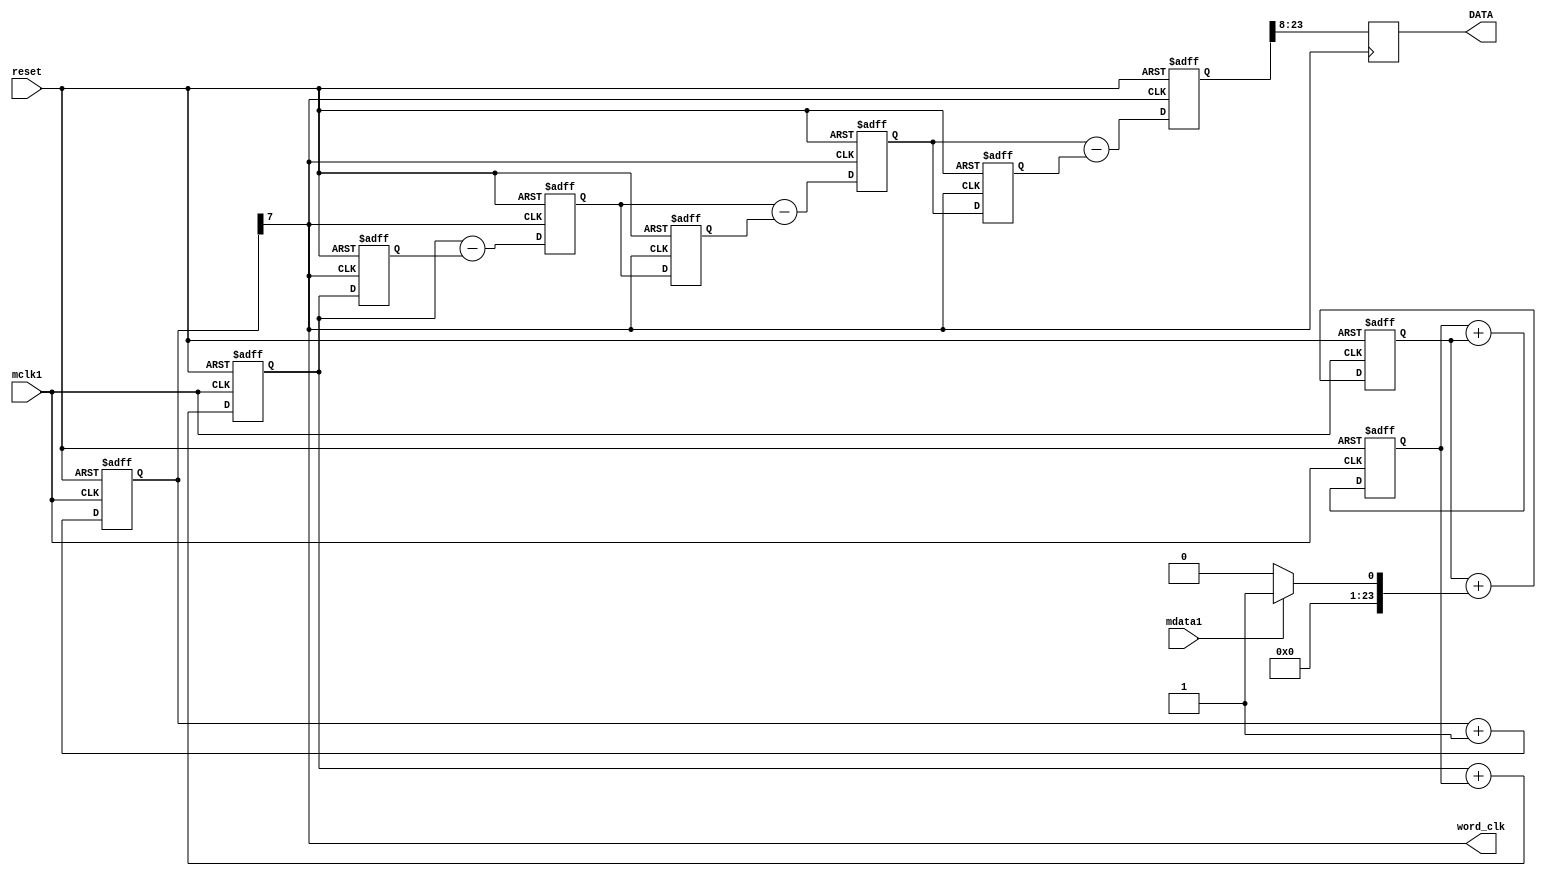
module sinc3(mdata1, mclk1, reset,DATA,word_clk);
//DEC256SINC24B

input mclk1; /*used to clk filter*/
input reset; /*used to reset filter*/
input mdata1; /*ip data to be filtered*/

output [15:0] DATA; 
output word_clk;

integer location;
integer info_file;

reg [23:0] ip_data1;
reg [23:0] acc1;
reg [23:0] acc2;
reg [23:0] acc3;
reg [23:0] acc3_d1;
reg [23:0] acc3_d2;
reg [23:0] diff1;
reg [23:0] diff2;
reg [23:0] diff3;
reg [23:0] diff1_d;
reg [23:0] diff2_d;
reg [15:0] DATA;
reg [7:0] word_count;


reg word_clk;
reg init;

/*Perform the Sinc ACTION*/
always @ (mdata1)
	if(mdata1==0)
		ip_data1 <= 0; /* change from a 0 to a -1 for 2's comp */
	else
ip_data1 <= 1;

/*ACCUMULATOR (INTEGRATOR)
Perform the accumulation (IIR) at the speed
of the modulator.
Z = one sample delay
MCLKOUT = modulators conversion bit rate
*/

always @ (negedge mclk1 or posedge reset)
if (reset)
	begin
	/*initialize acc registers on reset*/
	acc1 <= 0;
	acc2 <= 0;
	acc3 <= 0;
	end
else
	begin
	/*perform accumulation process*/
	acc1 <= acc1 + ip_data1;
	acc2 <= acc2 + acc1;
	acc3 <= acc3 + acc2;
	end

/*DECIMATION STAGE (MCLKOUT/ WORD_CLK) */

always @ (posedge mclk1 or posedge reset)
if (reset)
	word_count <= 0;
else
	word_count <= word_count + 1;
always @ (word_count)
	word_clk <= word_count[7];

/*DIFFERENTIATOR (including decimation
stage)
Perform the differentiation stage (FIR) at a
lower speed.
Z = one sample delay
WORD_CLK = output word rate
*/

always @ (posedge word_clk or posedge reset)
if(reset)
begin
acc3_d2 <= 0;
diff1_d <= 0;
diff2_d <= 0;
diff1 <= 0;
diff2 <= 0;
diff3 <= 0;
end
else
begin
diff1 <= acc3 - acc3_d2;
diff2 <= diff1 - diff1_d;
diff3 <= diff2 - diff2_d;
acc3_d2 <= acc3;
diff1_d <= diff1;
diff2_d <= diff2;
end

/* Clock the Sinc output into an output
register
WORD_CLK = output word rate
*/

always @ (posedge word_clk)
begin

DATA[15] <= diff3[23];
DATA[14] <= diff3[22];
DATA[13] <= diff3[21];
DATA[12] <= diff3[20];
DATA[11] <= diff3[19];
DATA[10] <= diff3[18];
DATA[9] <= diff3[17];
DATA[8] <= diff3[16];
DATA[7] <= diff3[15];
DATA[6] <= diff3[14];
DATA[5] <= diff3[13];
DATA[4] <= diff3[12];
DATA[3] <= diff3[11];
DATA[2] <= diff3[10];
DATA[1] <= diff3[9];
DATA[0] <= diff3[8];

end
endmodule